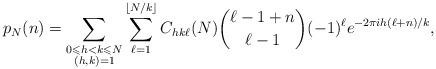
LaTeX: \begin{align*}p_N(n)= \sum_{\substack{0\leqslant h<k \leqslant N \\ (h,k)=1}}\sum_{\ell=1}^{\lfloor N/k \rfloor} C_{hk\ell}(N) \binom{\ell-1+n}{\ell-1} (-1)^\ell e^{-2\pi i h(\ell+n)/k},\end{align*}